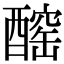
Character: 𨢧